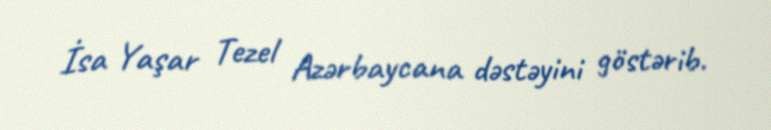
İsa Yaşar Tezel Azərbaycana dəstəyini göstərib.